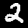
Digit: 2